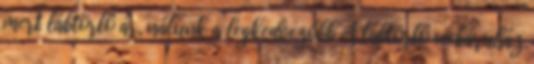
mert lábtörlő ár, nálunk a legkedvezőbb A lábtörlő webáruház